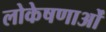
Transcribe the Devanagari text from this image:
लोकेषणाओं